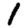
Digit: 1